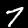
Label: 7